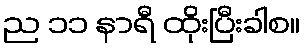
ည ၁၁ နာရီ ထိုးပြီးခါစ။